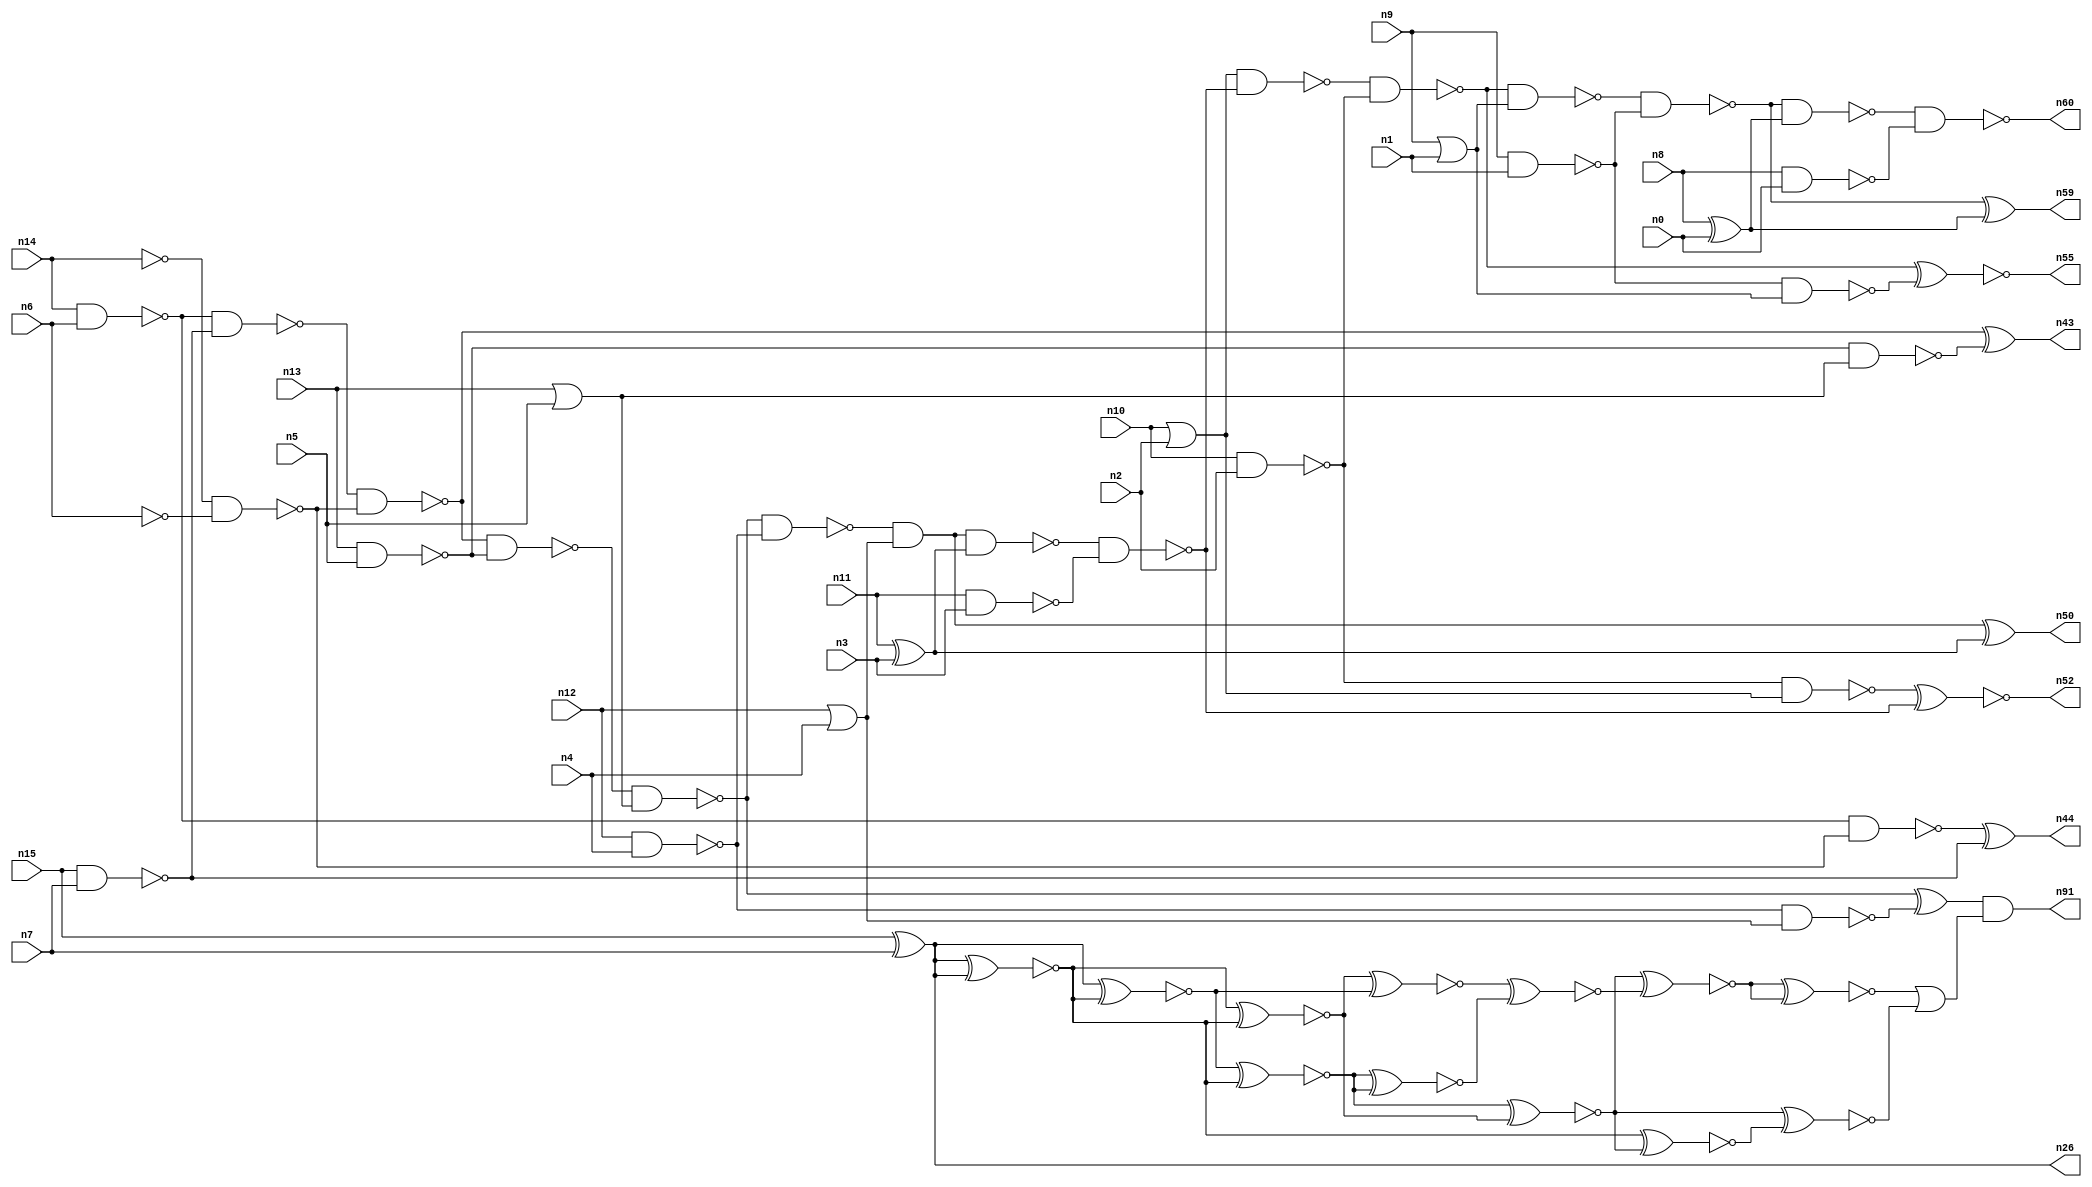
// This file contains a pareto-optimal circuit with respect to delay and the fault-resilince parameter p_fault which is defined as:
// "For all input vectors, the ratio of the no. of faults observable at the POs to the no. of total possible faults in the circuit".
// This code is part of the ReCkt library (https://github.com/umar-afzaal/ReCkt) distributed under The MIT License.
// When used, please cite the following article(s):
// U. Afzaal, A.S. Hassan, M. Usman and J.A. Lee, "On the Evolutionary Synthesis of Increased Fault-resilience Arithmetic Circuits".

// p_fault = 65.4 %    (Lower is better)
// gates = 67.0
// levels = 15
// area = 90.51    (For MCNC library relative to nand2)
// power = 588.5 uW    (Berkely-SIS for MCNC library @ Vdd=5V and 20 MHz clock)
// delay = 20.9 ns    (Berkely-ABC for MCNC library)
// PDP = 1.22996e-11 J

// Pin mapping:
// {n0, n1, n2, n3, n4, n5, n6, n7} = A[7:0]
// {n8, n9, n10, n11, n12, n13, n14, n15} = B[7:0]
// {n60, n59, n55, n52, n50, n91, n43, n44, n26} = O[8:0]

module addr8u_delay_8 (
n0, n1, n2, n3, n4, n5, n6, n7, n8, n9, n10, n11, n12, n13, n14, n15, 
n60, n59, n55, n52, n50, n91, n43, n44, n26
);

input n0, n1, n2, n3, n4, n5, n6, n7, n8, n9, n10, n11, n12, n13, n14, n15;
output n60, n59, n55, n52, n50, n91, n43, n44, n26;
wire n30, n69, n61, n46, n68, n79, n18, n45, n56, n37, n80, n53, n40, n62, n25, n81, n22, n38, n39, n57, 
n70, n19, n34, n76, n29, n72, n35, n24, n63, n49, n74, n89, n17, n65, n42, n51, n82, n78, n36, n47, 
n20, n23, n16, n66, n48, n21, n41, n54, n27, n33, n28, n58, n71, n73, n31, n84, n32, n64;

nand (n16, n13, n5);
not (n17, n14);
or (n18, n12, n4);
nand (n19, n10, n2);
nand (n20, n15, n7);
or (n21, n10, n2);
not (n22, n6);
xor (n23, n8, n0);
or (n24, n13, n5);
nand (n25, n14, n6);
xor (n26, n15, n7);
nand (n27, n12, n4);
xor (n28, n11, n3);
nor (n29, n9, n1);
nand (n30, n8, n0);
nand (n31, n9, n1);
nand (n32, n11, n3);
nand (n33, n27, n18);
not (n34, n29);
nand (n35, n16, n24);
nand (n36, n25, n20);
nand (n37, n17, n22);
nand (n38, n19, n21);
nand (n39, n36, n37);
nand (n40, n25, n37);
nand (n41, n31, n34);
nand (n42, n39, n16);
xor (n43, n39, n35);
xor (n44, n40, n20);
nand (n45, n42, n24);
nand (n46, n45, n27);
xor (n47, n45, n33);
and (n48, n46, n18);
nand (n49, n48, n28);
xor (n50, n48, n28);
nand (n51, n49, n32);
xnor (n52, n38, n51);
nand (n53, n21, n51);
nand (n54, n53, n19);
xnor (n55, n54, n41);
nand (n56, n54, n34);
nand (n57, n56, n31);
nand (n58, n57, n23);
xor (n59, n57, n23);
nand (n60, n58, n30);
xnor (n61, n26, n26);
xnor (n62, n26, n26);
xnor (n63, n26, n26);
xnor (n64, n26, n26);
xnor (n65, n26, n26);
xnor (n66, n64, n61);
xnor (n68, n26, n63);
xnor (n69, n63, n26);
xnor (n70, n64, n62);
xnor (n71, n66, n69);
xnor (n72, n68, n65);
xnor (n73, n68, n61);
xnor (n74, n72, n70);
xnor (n76, n72, n73);
xnor (n78, n62, n74);
xnor (n79, n71, n76);
xnor (n80, n70, n73);
xnor (n81, n74, n79);
xnor (n82, n80, n78);
xnor (n84, n81, n81);
or (n89, n84, n82);
and (n91, n47, n89);

endmodule